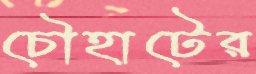
চৌহাটের